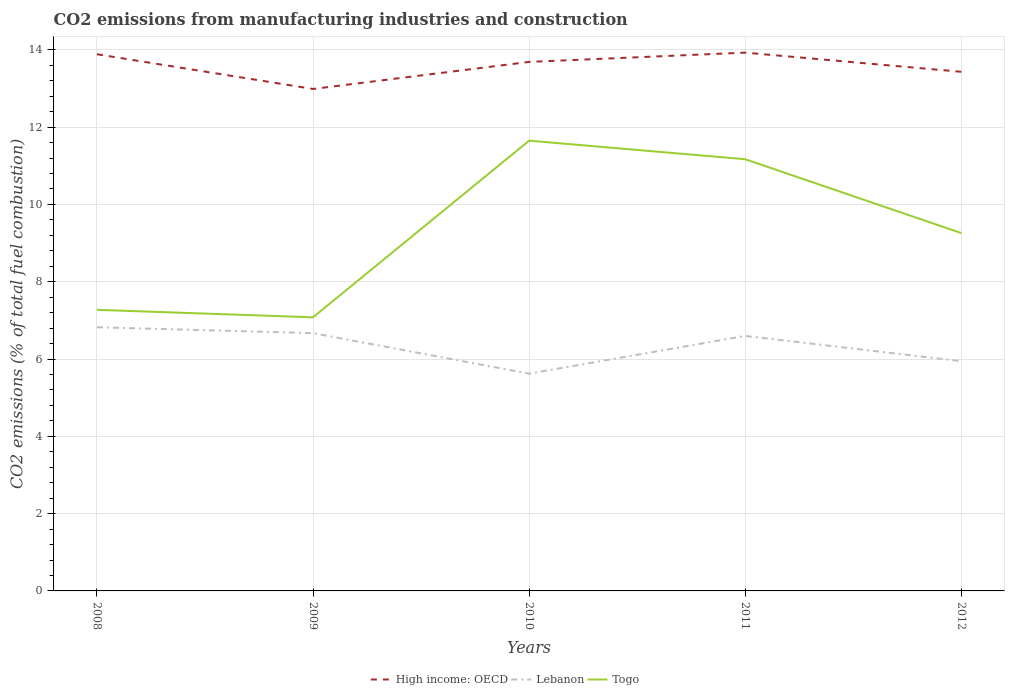
| Years | High income: OECD | Lebanon | Togo |
 | --- | --- | --- | --- |
 | 2008 | 13.9 | 6.82 | 7.27 |
 | 2009 | 13 | 6.67 | 7.08 |
 | 2010 | 13.7 | 5.62 | 11.7 |
 | 2011 | 13.9 | 6.6 | 11.2 |
 | 2012 | 13.4 | 5.94 | 9.26 |